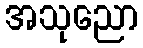
အသုညော